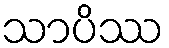
သာပိဿ